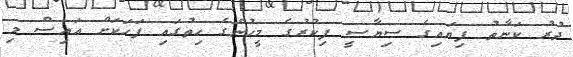
ދުރު ކަނާތު ފިޔައިގެ ސިޔާސީ ފިކުރުގެ މީހުންގެ ހިތުގައި ފަހަކަށް އައިސް މި